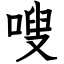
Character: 嗖